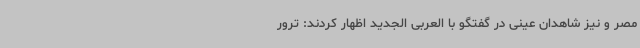
مصر و نیز شاهدان عینی در گفتگو با العربی الجدید اظهار کردند: ترور